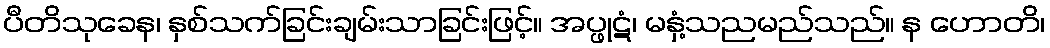
ပီတိသုခေန၊ နှစ်သက်ခြင်းချမ်းသာခြင်းဖြင့်။ အပ္ဖုဋံ၊ မနှံ့သညမည်သည်။ န ဟောတိ၊